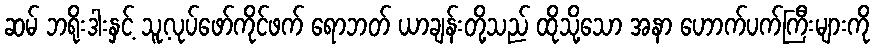
ဆမ် ဘရိုးဒါးနှင့် သူ့လုပ်ဖော်ကိုင်ဖက် ရောဘတ် ယာချန်းတို့သည် ထိုသို့သော အနာ ဟောက်ပက်ကြီးများကို